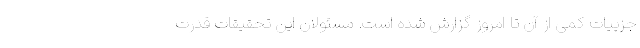
جزییات کمی از آن تا امروز گزارش شده است. مسئولان این تحقیقات قدرت